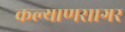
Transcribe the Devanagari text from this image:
कल्याणसागर